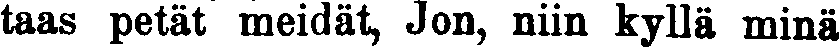
taas petät meidät, Jon, niin kyllä minä